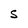
Character: S